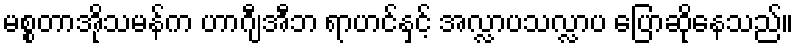
မစ္စတာအိုသမန်က ဟာဂျီအီဘ ရာဟင်နှင့် အလ္လာပသလ္လာပ ပြောဆိုနေသည်။